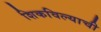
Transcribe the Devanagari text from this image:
शिकविल्याची